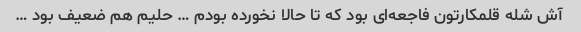
آش شله قلمکارتون فاجعه‌ای بود که تا حالا نخورده بودم … حلیم هم ضعیف بود …